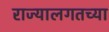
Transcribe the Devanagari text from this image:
राज्यालगतच्या